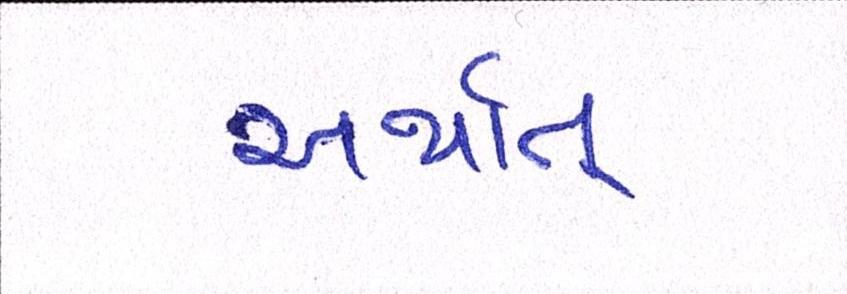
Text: અર્થાત્